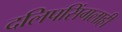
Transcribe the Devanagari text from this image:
दलिपसिंगलाही